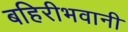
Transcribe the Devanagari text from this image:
बहिरीभवानी